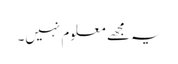
یہ مجھے معلوم نہیں۔